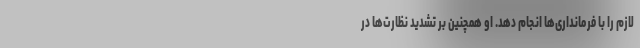
لازم را با فرمانداری‌ها انجام دهد. او همچنین بر تشدید نظارت‌ها در